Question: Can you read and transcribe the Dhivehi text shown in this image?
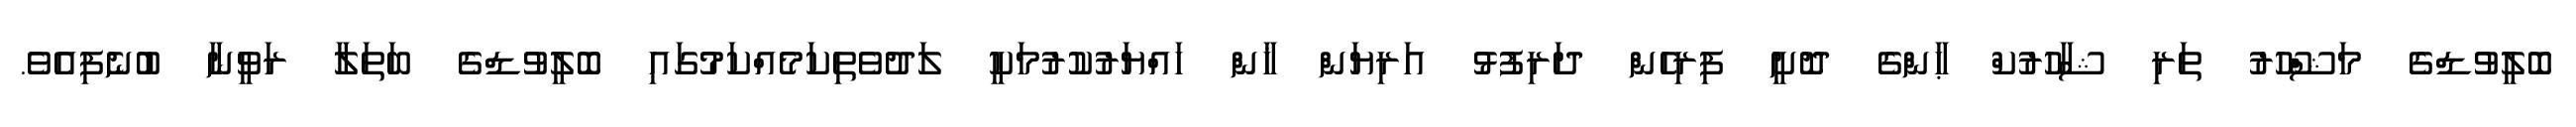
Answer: ބޮލީވުޑްގެ މަޝްހޫރު ތަރި ޝާހުރުކް ޙާންގެ ދޮށީ ފިރިހެން ދަރިފުޅު އަރިޔަން ޚާން ހައްޔަރުކުރުމަކީ ލަދުވެތިކަމެއްކަމުގައި ބޮލީވުޑްގެ ބަތަލާ ރަވީނާ ބުނެފިއެވެ.